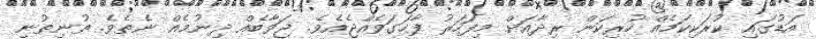
އަޑުގައި ކުރަކިކަމެއް ހުރިކަން ރިދާއަށް މިފަހަރު ފާހަގަވެއްޖެއެވެ. ޖަވާބެއް ދިނުމެއް ނެތެވެ. ތުނިތުނި